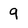
Character: 9